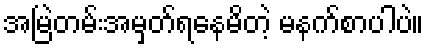
အမြဲတမ်းအမှတ်ရနေမိတဲ့ မနက်စာပါပဲ။